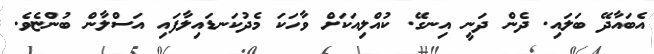
އެބައާދޭ ބަލައި. ދެން ދަނީ އިނގޭ. ކުއްލިއަކަށް ވާހަކަ މެދުކަނޑައިލާފައި އަސްލާން ބުންޏެވެ.